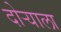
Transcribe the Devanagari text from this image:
दोऱ्याला